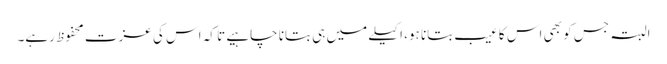
البتہ جس کو بھی اس کا عیب بتانا ہو، اکیلے میں ہی بتانا چاہیے تا کہ اس کی عزت محفوظ رہے۔